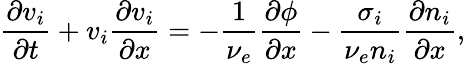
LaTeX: \frac{\partial v_{i}}{\partial t}+v_{i}\frac{\partial v_{i}}{\partial x}=-\frac{1}{\nu_{e}}\frac{\partial\phi}{\partial x}-\frac{\sigma_{i}}{\nu_{e}n_{i}}\frac{\partial n_{i}}{\partial x},